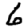
Digit: 6